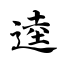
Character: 逵